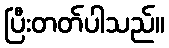
ပြီးတတ်ပါသည်။